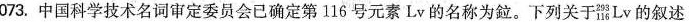
0 7 3。中国科学技术名词审定委员会已确定第1 1 6 号元素L v的名称为。下列关于器Lv的叙述